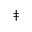
\mathrm { \ddag }